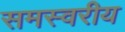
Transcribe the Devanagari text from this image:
समस्वरीय